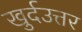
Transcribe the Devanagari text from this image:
खुर्दउत्तर